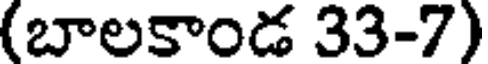
(బాలకాండ 33-7)